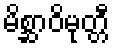
မိစ္ဆာဝိမုတ္တီ